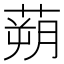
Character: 蒴